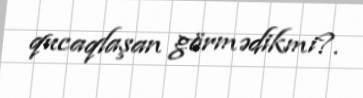
qucaqlaşan görmədikmi?.